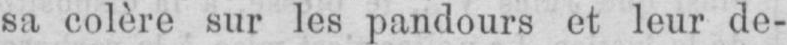
sa colère sur les pandours et leur de-